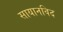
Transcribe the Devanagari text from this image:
सायानविद